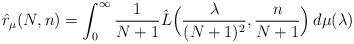
LaTeX: \begin{align*}\hat{r}_{\mu}(N,n) = \int_0^{\infty} \frac{1}{N+1} \hat{L} \Big( \frac{\lambda}{(N+1)^2}, \frac{n}{N+1} \Big) \, d\mu(\lambda) \end{align*}